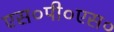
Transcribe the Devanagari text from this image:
एस०पी०एस०